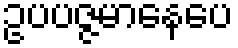
ဥပပဇ္ဇမာနေပေ